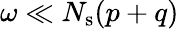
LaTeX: \omega\ll N_{\mathrm{s}}(p+q)